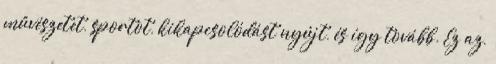
művészetet, sportot, kikapcsolódást nyújt, és így tovább. Ez az,